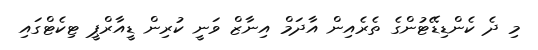
މި ދެ ކެންޑިޑޭޓުންގެ ތެރެއިން އާދަމް އިނާޒް ވަނީ ކުރިން ޑީއާރްޕީ ޓިކެޓްގައި